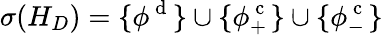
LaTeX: \sigma(H_{D})=\{ \phi^{\mathrm{~d~}}\} \cup\{ \phi_{+}^{\mathrm{~c~}}\} \cup\{ \phi_{-}^{\mathrm{~c~}}\}